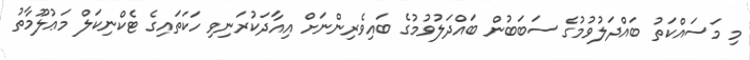
މި މަސައްކަތު ބައްދަލުވުމުގެ ސަބަބުން ބައްދަލުވުމުގެ ބައިވެރިންނަށް އިއާދަކުރަނިވި ހަކަތައިގެ ޓެކްނިކަލް މަޢުލޫމާތު